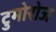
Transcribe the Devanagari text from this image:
टुमोरोज